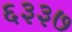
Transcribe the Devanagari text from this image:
६३३७